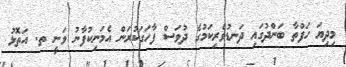
މިދިޔަ ހަފްތާ ބަންދުގައި ދަނޑުވެރިކަމުގެ ދުވަސް ފާހަގަކުރަން އެމަނިކުފާނު ވަނީ ތ. އަތޮޅު